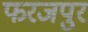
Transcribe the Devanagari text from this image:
फरजपुर